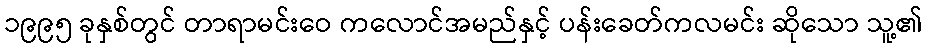
၁၉၉၅ ခုနှစ်တွင် တာရာမင်းဝေ ကလောင်အမည်နှင့် ပန်းခေတ်ကလမင်း ဆိုသော သူ့၏